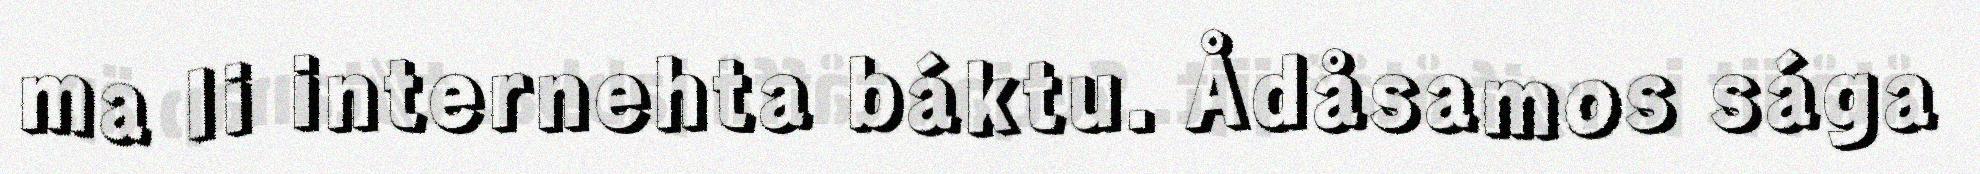
ma li internehta báktu. Ådåsamos sága